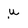
Character: u